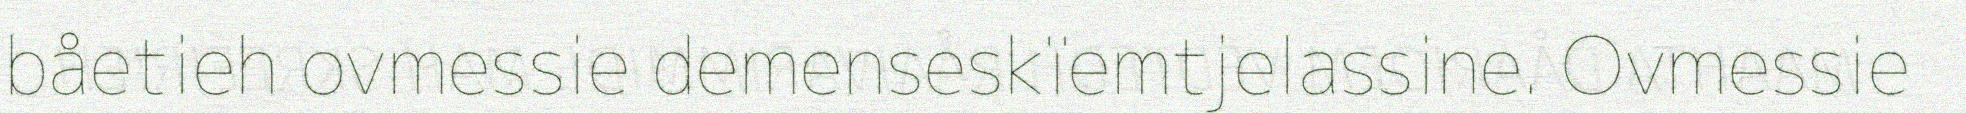
båetieh ovmessie demenseskïemtjelassine. Ovmessie